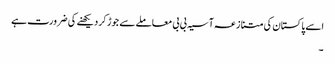
اسے پاکستان کی متنازعہ آسیہ بی بی معاملے سے جوڑ کر دیکھنے کی ضرورت ہے
۔